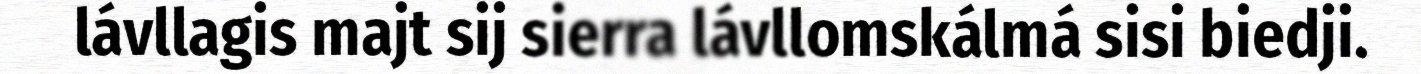
lávllagis majt sij sierra lávllomskálmá sisi biedji.